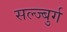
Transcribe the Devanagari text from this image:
सल्ज्बुर्ग